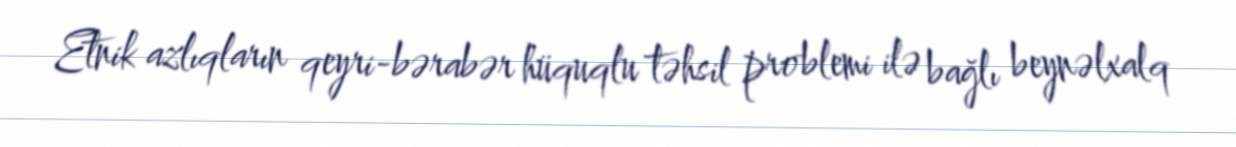
Etnik azlıqların qeyri-bərabər hüquqlu təhsil problemi ilə bağlı beynəlxalq